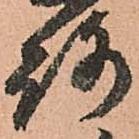
路